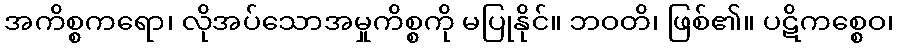
အကိစ္စကရော၊ လိုအပ်သောအမှုကိစ္စကို မပြုနိုင်။ ဘဝတိ၊ ဖြစ်၏။ ပဋိကစ္စေဝ၊